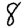
Digit: 8